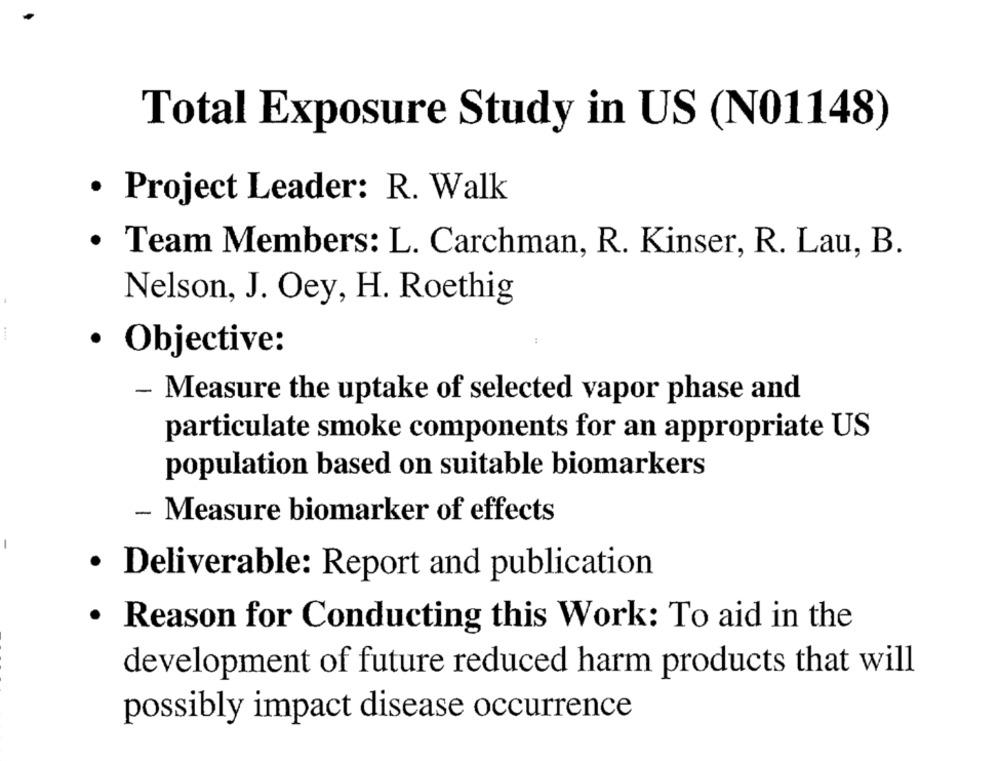
Total Exposure Study in US (N01148)
· Project Leader: R. Walk
· Team Members: L. Carchman, R. Kinser, R. Lau, B.
Nelson, J. Oey, H. Roethig
· Objective:
- Measure the uptake of selected vapor phase and
particulate smoke components for an appropriate US
population based on suitable biomarkers
- Measure biomarker of effects
· Deliverable: Report and publication
. Reason for Conducting this Work: To aid in the
development of future reduced harm products that will
possibly impact disease occurrence